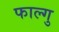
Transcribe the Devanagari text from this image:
फाल्गु